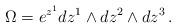
LaTeX: \begin{align*}\Omega =e^{z^1}dz^1\wedge dz^2\wedge dz^3 \,.\end{align*}